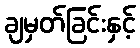
ချမှတ်ခြင်းနှင့်